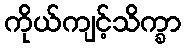
ကိုယ်ကျင့်သိက္ခာ